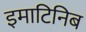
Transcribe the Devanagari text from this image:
इमाटिनिब